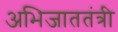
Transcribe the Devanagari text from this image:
अभिजाततंत्री